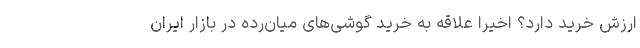
ارزش خرید دارد؟ اخیرا علاقه به خرید گوشی‌های میان‌رده در بازار ایران